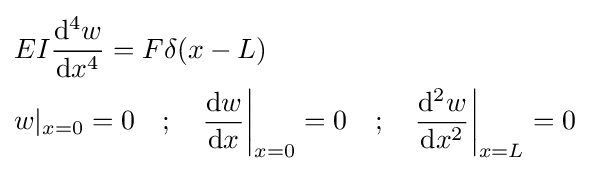
{\begin{aligned}&EI{\frac {\mathrm {d} ^{4}w}{\mathrm {d} x^{4}}}=F\delta (x-L)\\&w|_{x=0}=0\quad ;\quad {\frac {\mathrm {d} w}{\mathrm {d} x}}{\bigg |}_{x=0}=0\quad ;\quad {\frac {\mathrm {d} ^{2}w}{\mathrm {d} x^{2}}}{\bigg |}_{x=L}=0\,\end{aligned}}